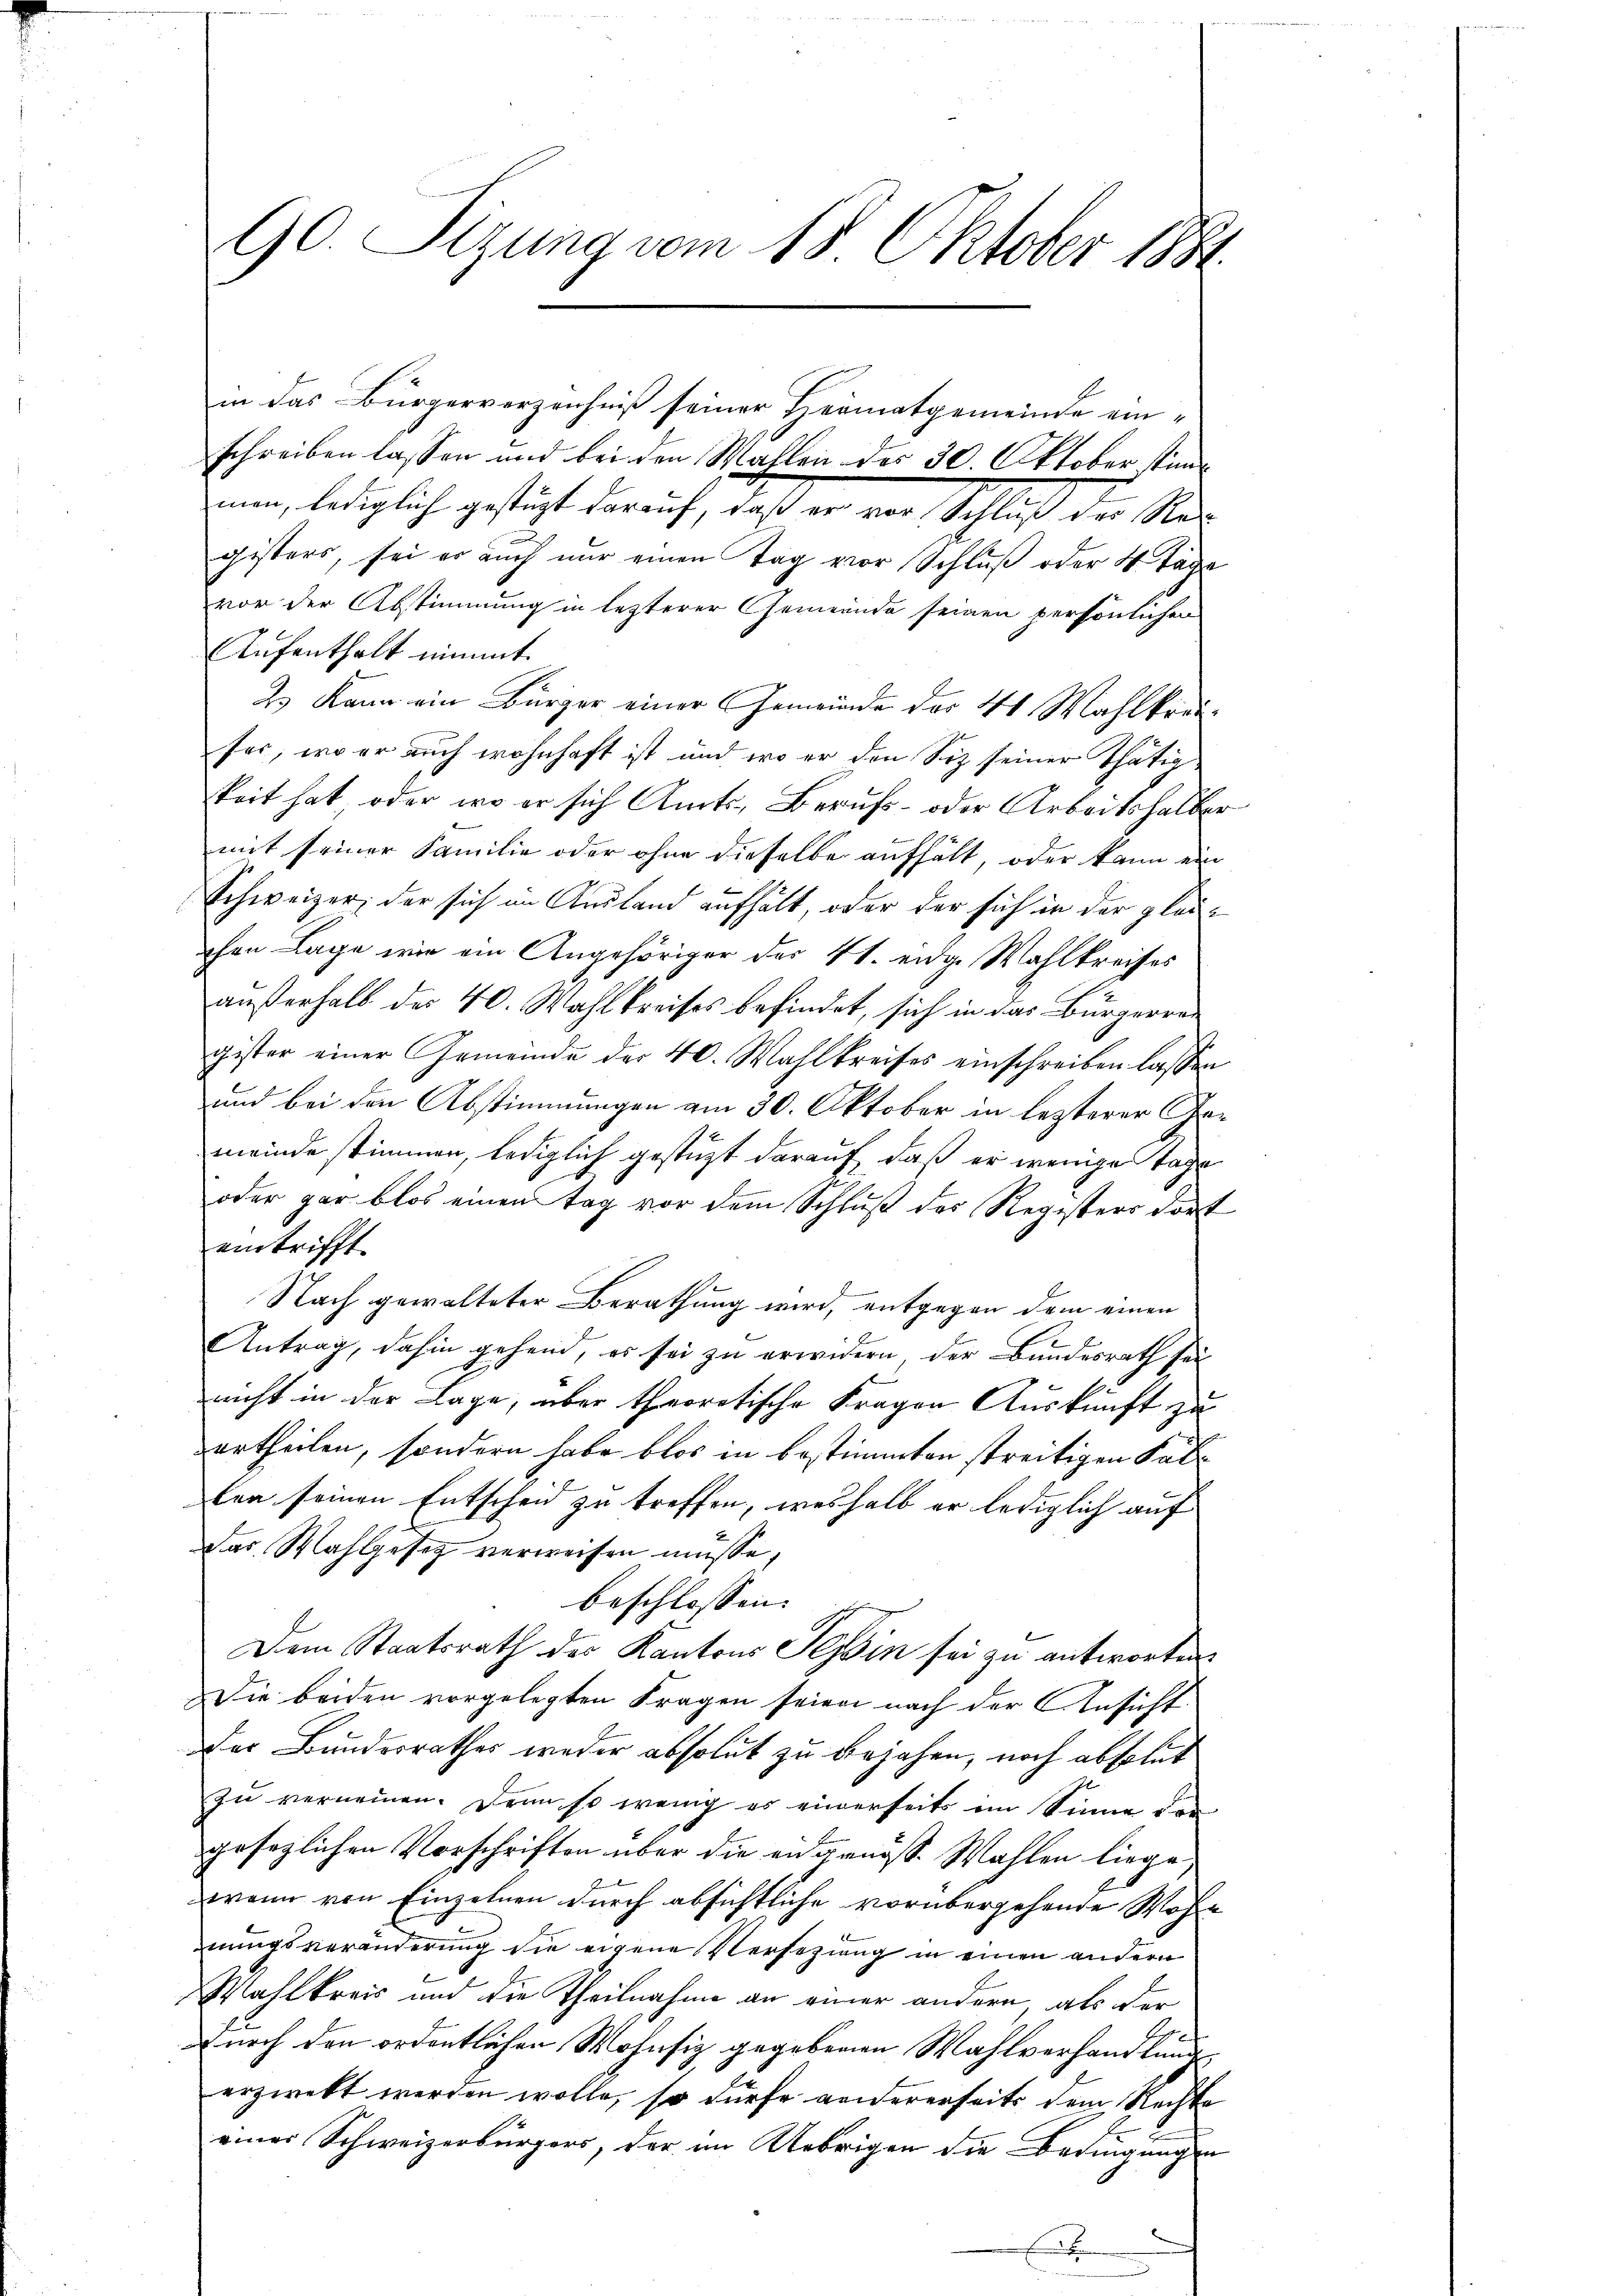
90. Sizung vom 18. Oktober 1884.

in das Bürgerverzeichniß seiner Heimatgemeinde ein-
schreiben lassen und bei den Wallen des 30. Oktober stänun, lediglich gestützt darauf, daß er von Schlich der Ste
gisters, sei er auch nur einen Tag vor Schluß oder 4 Tage
vor der Abstimmung in lezterer Gemeinde seinen persönlichen
Aufenthalt nimmt.
2 Kann ein Bürger einer Gemeinde der 41 Wahlkreifer, wo er auch wohnhaft ist und wo er den Siz seiner Thätig.
keit hat, oder wo er sich Amts Berufs- oder Arbeitshalber
mit seiner Familie oder ohne dieselbe aufhält, oder kann ein
Schweizer, der sich im Ausland aufhält, oder der sich in der gleichen Lage wie ein Angehöriger der 41. eidge Wahlkreises
außerhalb der 40. Wahlkreises befindet, sich in das Bürgerrei
gister einer Gemeinde der 40. Wahlkreises einschreiben lassen
und bei den Abstimmungen am 30. Oktober in lezterer Gemeinde stimmen, lediglich gestüzt darauf, daß er wenige Tage
oder gar blos einen Tag vor dem Schluß des Registers dort
eintrifft.
Nach gewalteter Berathung wird, entgegen dem einen
Antrag, dahin gehend, es sei zu erwidern der Bundesrath sei
nicht in der Lage, aber theoretische Fragen Auskunft zu
urtheilen, sondern habe blos in bestimmten streitigen Kallen seinen Entscheid zu treffen, weshalb er lediglich auf
das Wahlgesetz verweisen müsse,
beschlossen: |
Dem Staatsrath des Kantons Tessin sei zu antworten
Die beiden vorgelegten Fragen seien nach der Ansicht
Der Bundesrathes weder absolut zu bejahen, noch absolut
zu vernennen. Denn so wenig es einerseits im Sinne den
gesezlichen Vorschriften über die eidgenöss. Wahlen liege,
wann von Einzelnen durch absichtliche vorübergehende Wohn
nungsveränderung die eigene Versezung in einen andern
Wahlkreis und die Theilnahme an einer andern als der
noch den ordentlichen Wohnsiz gegebenen Wahlverhandlung
.
erzwekt werden wolle, so dürfe andererseits dem Rechte
einer Schweizerbürgers, der im Uebrigen die Bedingungen
E